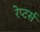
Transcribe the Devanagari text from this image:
रेप्‍टर्स